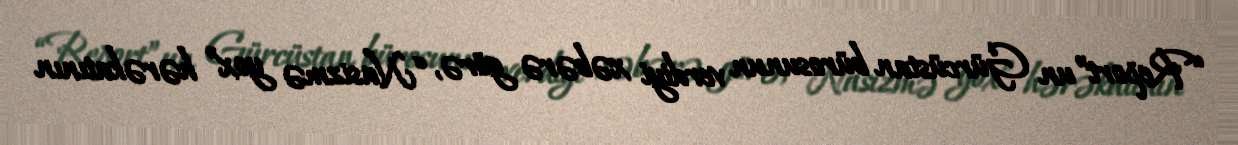
“Report”un Gürcüstan bürosunun verdiyi xəbərə görə, “Nasizmə yox” hərəkatının